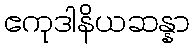
ဧကုဒါနိယဆန္နာ